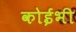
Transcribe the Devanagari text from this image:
कोईभी